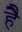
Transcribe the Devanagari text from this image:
हेेै